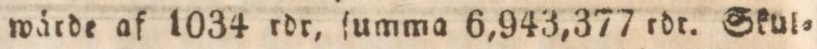
wärde af 1034 rdr, ſumma 6,943,377 rdr. Skul=